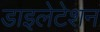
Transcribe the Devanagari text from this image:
डाइलेटेशन